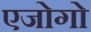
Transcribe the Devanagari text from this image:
एजोगो